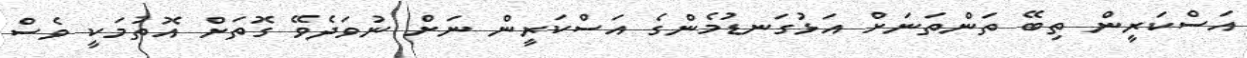
އަސްކަރީން ތިބޭ ތަންތަނަށް އަޅުގަނޑުމެންގެ އަސްކަރީން ނަށް ނުވަދެވޭ ގޮތަށް އޮތުމަކީ ވެސް